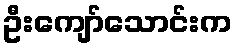
ဦးကျော်သောင်းက